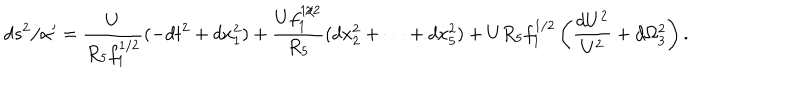
LaTeX: d s ^ { 2 } / \alpha ^ { \prime } = \frac { U } { R _ { 5 } f _ { 1 } ^ { 1 / 2 } } ( - d t ^ { 2 } + d x _ { 1 } ^ { 2 } ) + \frac { U f _ { 1 } ^ { 1 / 2 } } { R _ { 5 } } ( d x _ { 2 } ^ { 2 } + \cdots + d x _ { 5 } ^ { 2 } ) + U R _ { 5 } f _ { 1 } ^ { 1 / 2 } \left( \frac { d U ^ { 2 } } { U ^ { 2 } } + d \Omega _ { 3 } ^ { 2 } \right) .